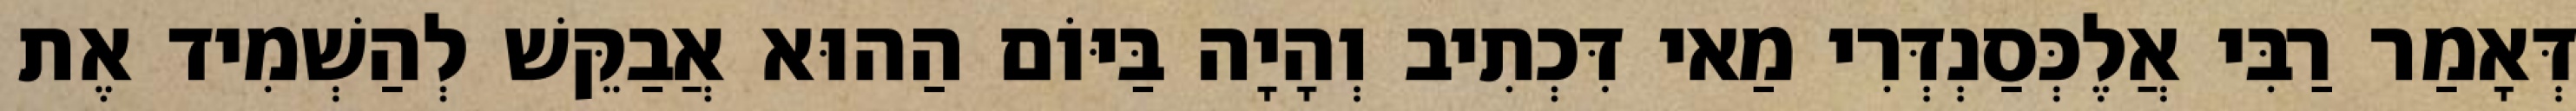
דְּאָמַר רַבִּי אֲלֶכְּסַנְדְּרִי מַאי דִּכְתִיב וְהָיָה בַּיּוֹם הַהוּא אֲבַקֵּשׁ לְהַשְׁמִיד אֶת